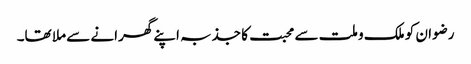
رضوان کو ملک و ملت سے محبت کا جذبہ اپنے گھرانے سے ملا تھا۔